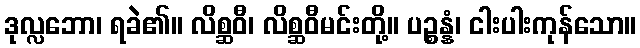
ဒုလ္လဘော၊ ရခဲ၏။ လိစ္ဆဝီ၊ လိစ္ဆဝီမင်းတို့။ ပဉ္စန္နံ၊ ငါးပါးကုန်သော။